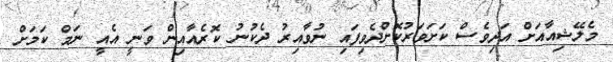
މެލޭޝިއާއަށް އަދިވެސް ކަށަވަރުކޮށްދެވިފައި ނުވާއިރު ދެކުނު ކޮރެއާއިން ވަނީ އެއީ ނަމް ކަމަށް